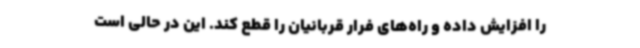
را افزایش داده و راه‌های فرار قربانیان را قطع کند. این در حالی است